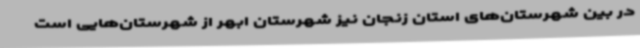
در بین شهرستان‌های استان زنجان نیز شهرستان ابهر از شهرستان‌هایی است